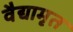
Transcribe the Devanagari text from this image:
वैद्यामृत